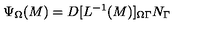
\Psi _ { \Omega } ( M ) = D [ L ^ { - 1 } ( M ) ] _ { \Omega \Gamma } N _ { \Gamma }